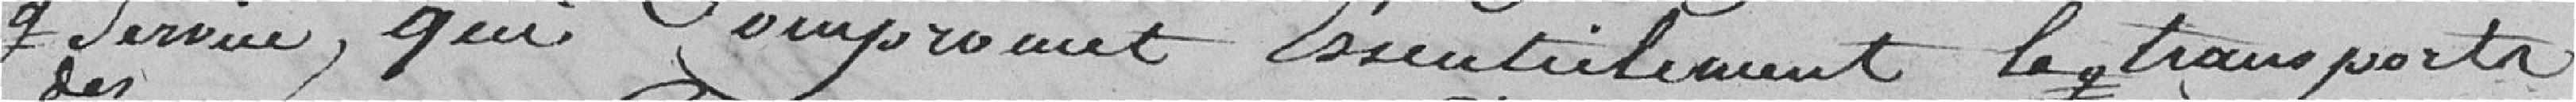
service qui compromet essentiellement les transports